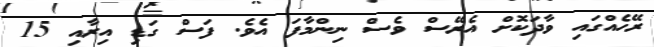
ރޭހެއްގައި ވާދަކޮށް އެރޭސް ވެސް ނިންމާފަ އެވެ. ފަސް ގަޑި އިރާއި 15